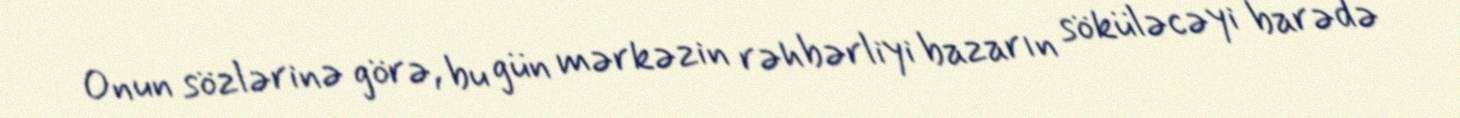
Onun sözlərinə görə, bu gün mərkəzin rəhbərliyi bazarın söküləcəyi barədə